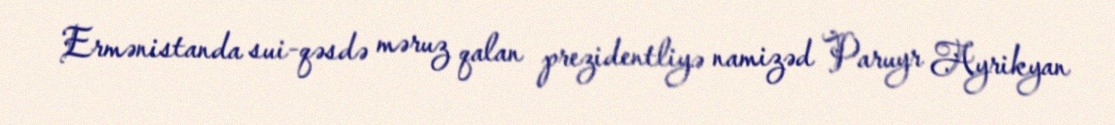
Ermənistanda sui-qəsdə məruz qalan prezidentliyə namizəd Paruyr Ayrikyan